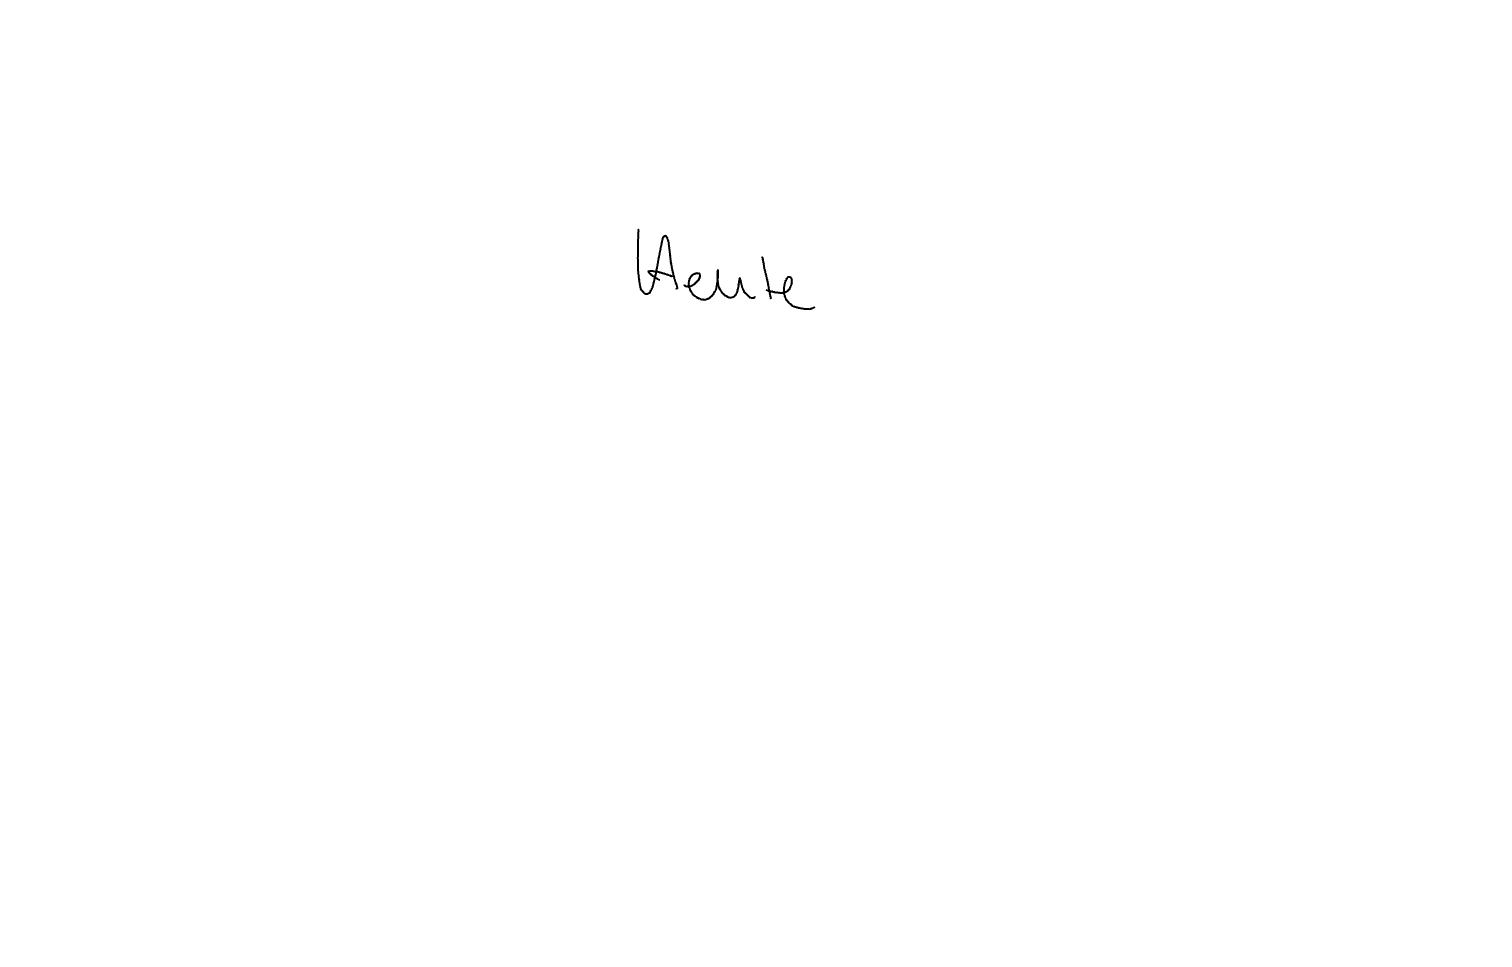
Text: Heute